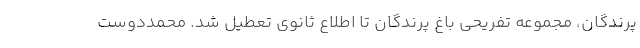
پرندگان، مجموعه تفریحی باغ پرندگان تا اطلاع ثانوی تعطیل شد. محمددوست